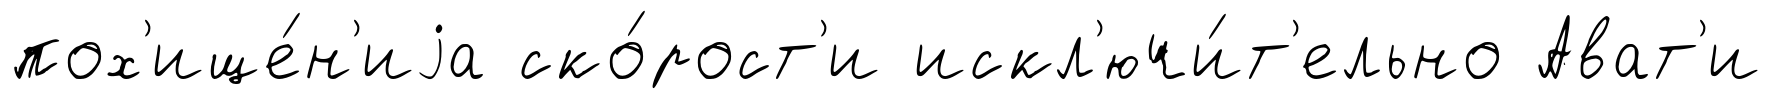
пох'ище́н'иjа ско́рост'и искл'ючи́т'ельно Ават'и